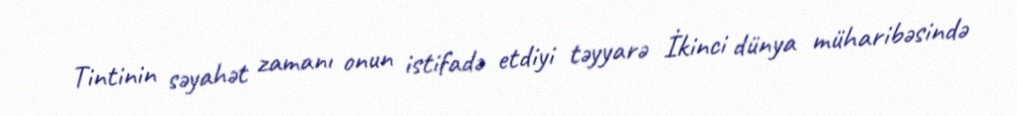
Tintinin səyahət zamanı onun istifadə etdiyi təyyarə İkinci dünya müharibəsində